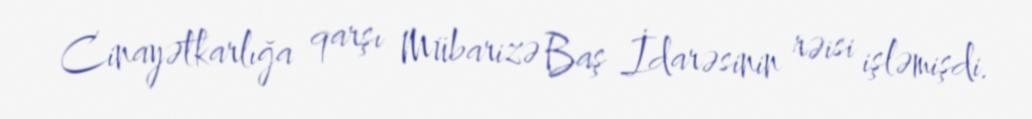
Cinayətkarlığa qarşı Mübarizə Baş İdarəsinin rəisi işləmişdi.